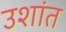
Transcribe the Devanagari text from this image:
उशांत